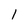
Character: 1